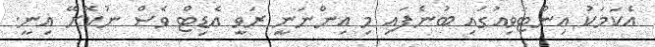
އެކަމަކު އިންޓަވިއުގައި ބުނެފައި މި އިންނަނީ ރަވީ އެޑިޓް ވެސް ނުކޮށޭ އިނީ.